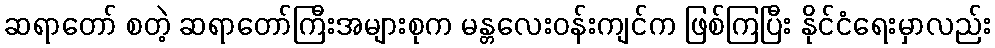
ဆရာတော် စတဲ့ ဆရာတော်ကြီးအများစုက မန္တလေးဝန်းကျင်က ဖြစ်ကြပြီး နိုင်ငံရေးမှာလည်း